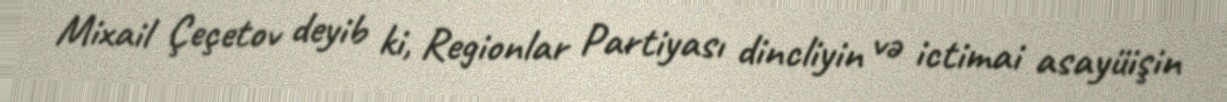
Mixail Çeçetov deyib ki, Regionlar Partiyası dincliyin və ictimai asayüişin